Annual report on the working of the mental hospitals in the Madras Presidency - 1912-1932
Year: 1912
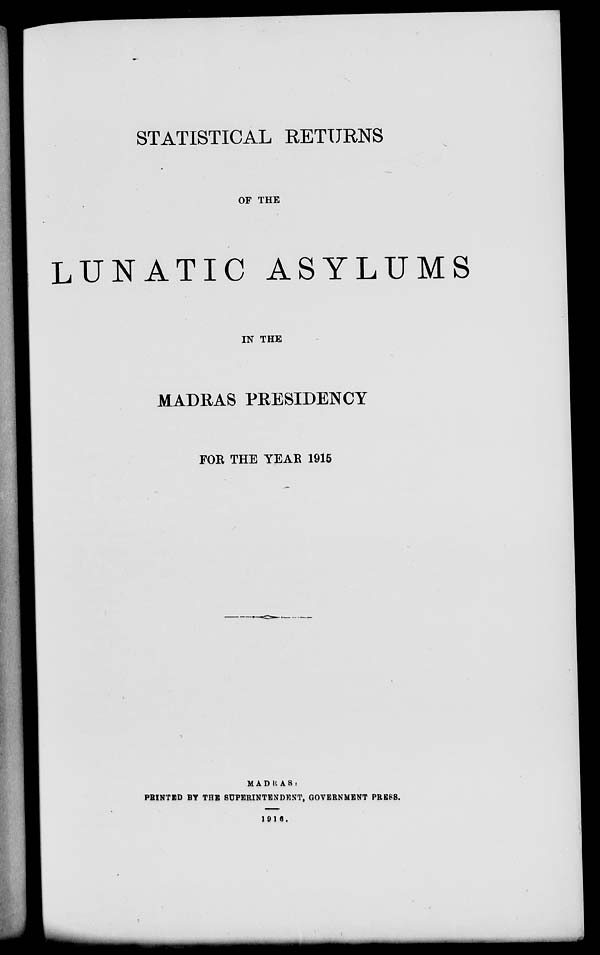
STATISTICAL RETURNS
OF THE
LUNATIC ASYLUMS
IN THE
MADRAS PRESIDENCY
FOR THE YEAR 1915
MADRAS .
PRINTED BY THE SUPERINTENDENT, GOVERNMENT PRESS.
1916.